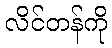
လိင်တန်ကို